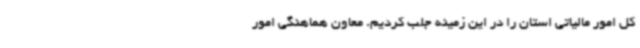
کل امور مالیاتی استان را در این زمینه جلب کردیم. معاون هماهنگی امور